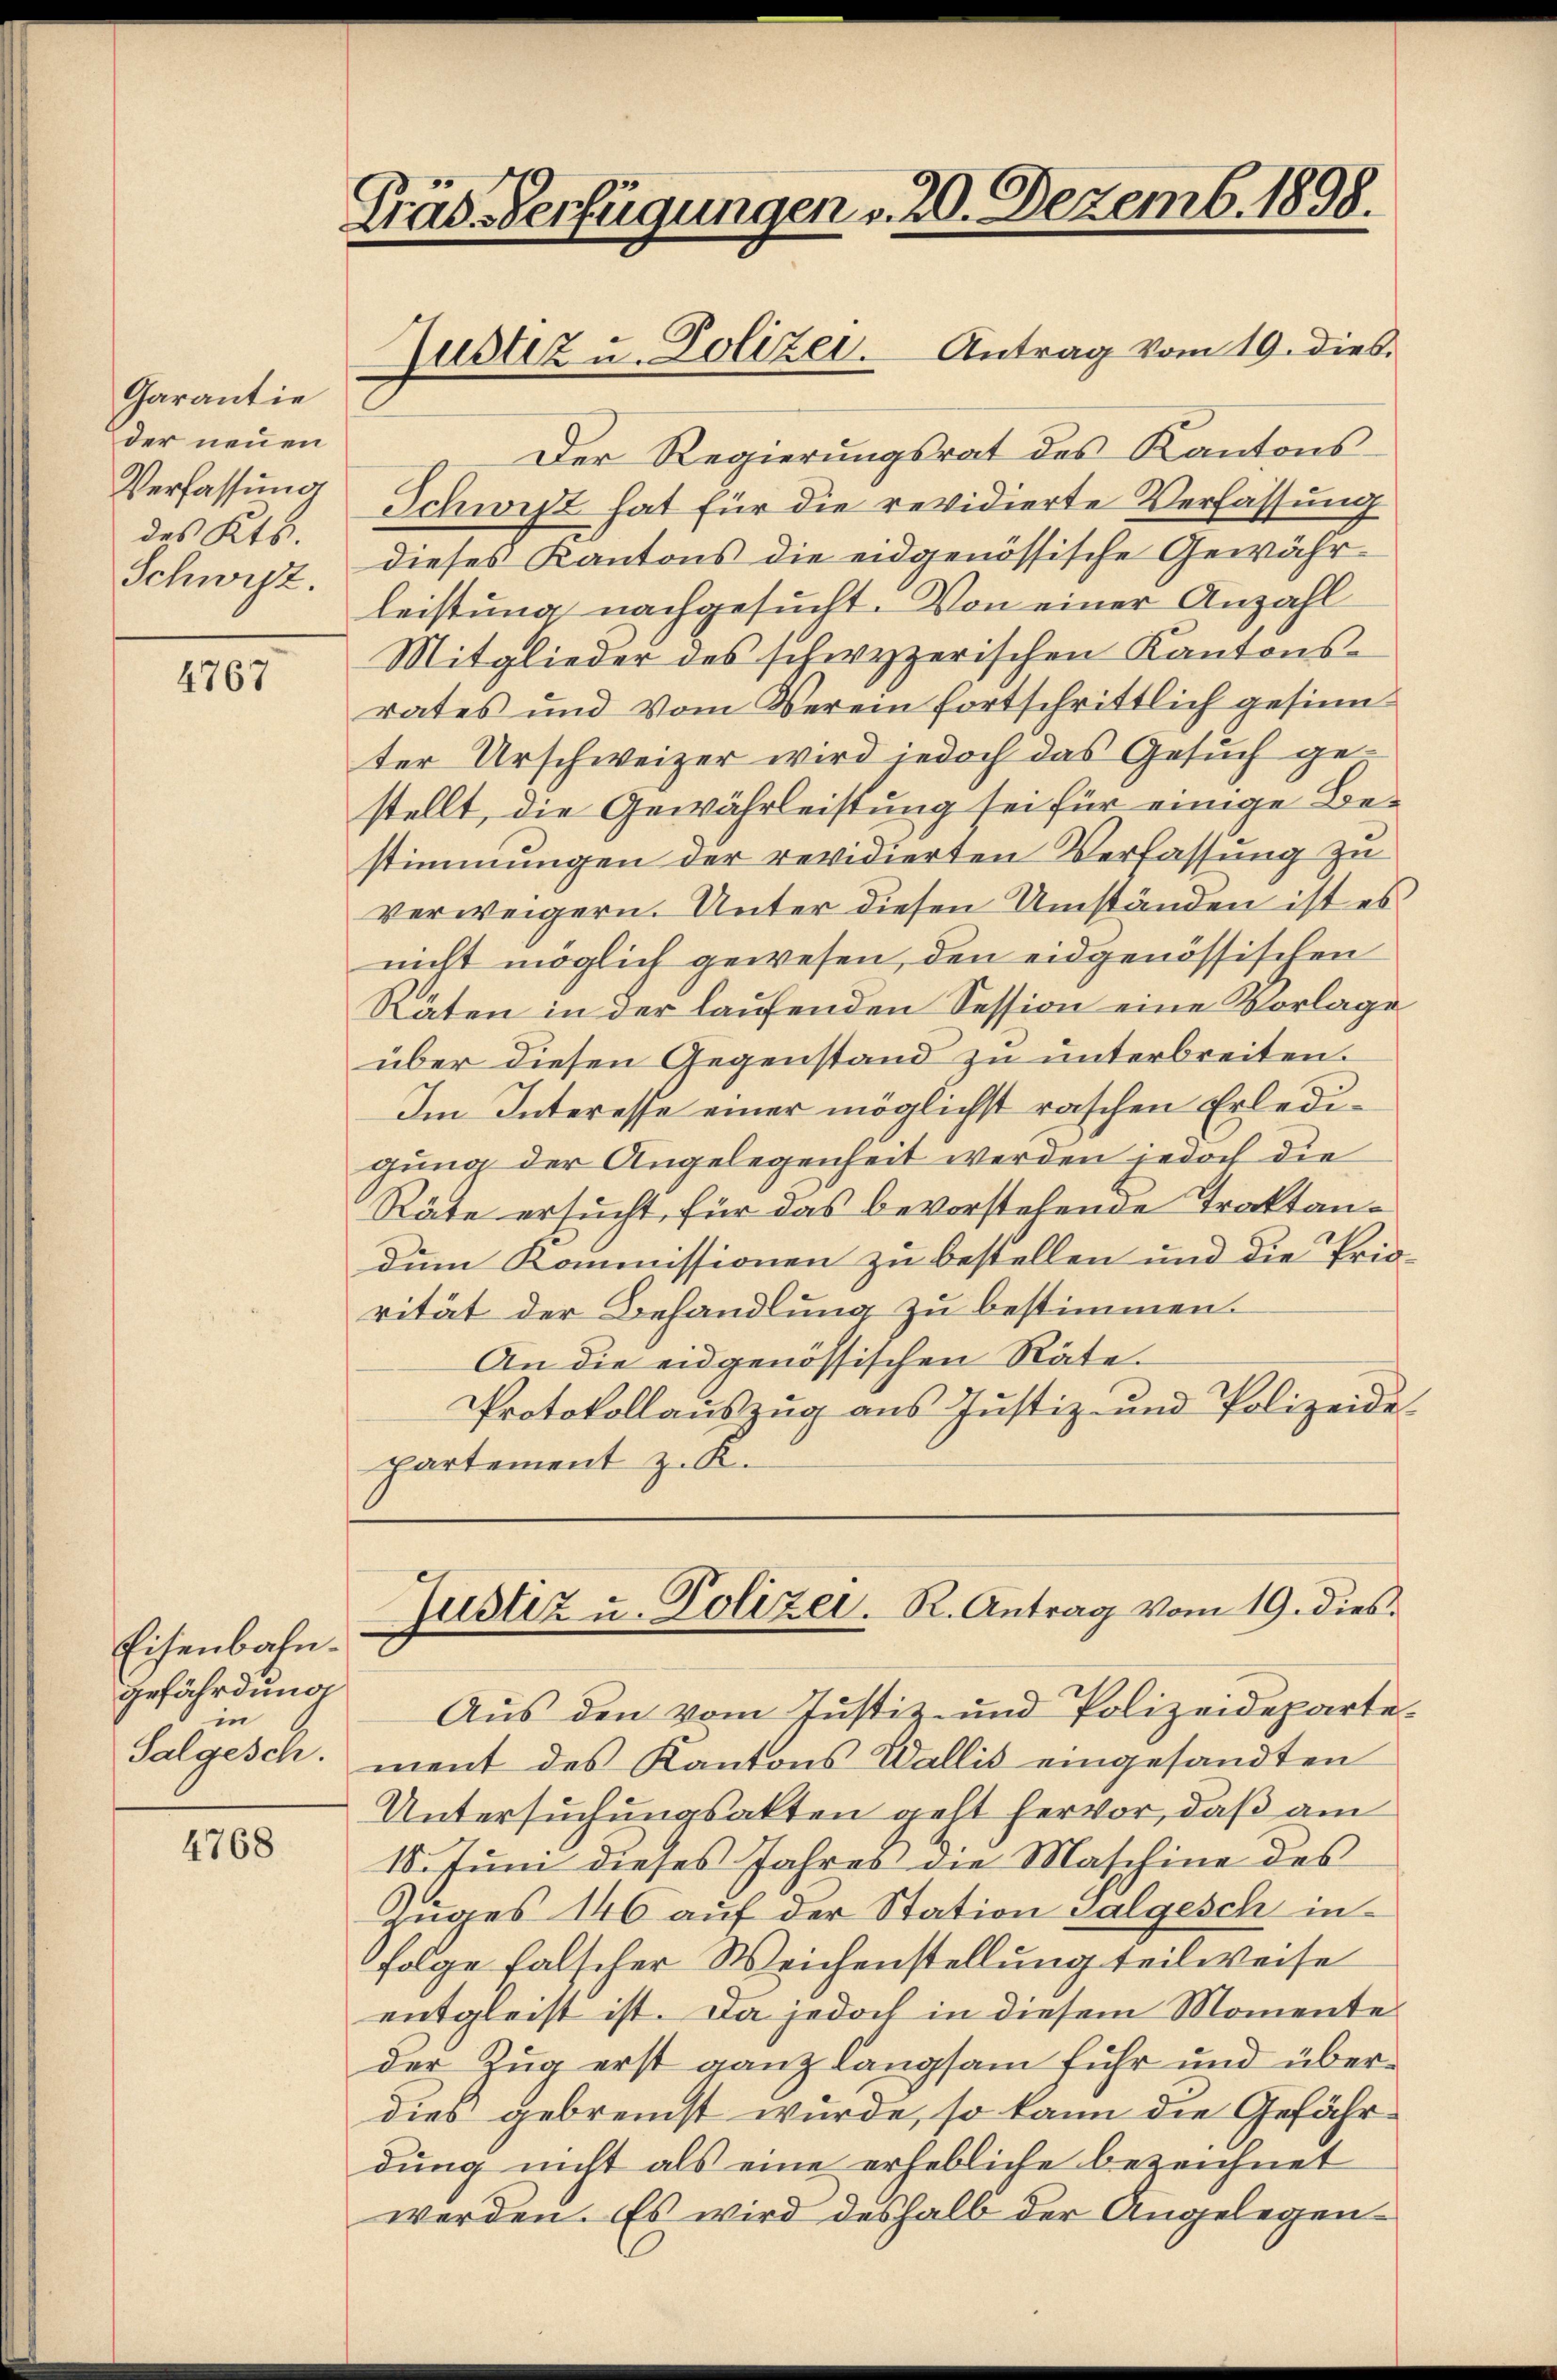
Garantie
der neuen
Verfassung
des Kts.
Schwyz.

4767

Eisenbahngefährdung
in
Salgesch.

4768

Fräs-Verfügungen v. 20. Dezemb. 1898.
Gustiz u. Polizei. Antrag vom 19. dies

Der Regierungsrat des Kantons-
Schwist hat für die revidierte Verfassung
dieses Kantons die eidgenössische Gewährleistung nachgesucht. Von einer Anzahl
Mitglieder des schwyzerischen Kantonsrates und vom Verein fortschrittlich gesinn
ter Urschweizer wird jedoch das Gesuch gestellt, die Gewährleistung sei für einige Bestimmungen der revidierten Verfassung zu
verweigern. Unter diesen Umständen ist es
nicht möglich gewesen, den eidgenössischen
Räten in der laufenden Session eine Vorlage
über diesen Gegenstand zu unterbreiten.
Im Interesse einer möglichst raschen Erledigung der Angelegenheit werden jedoch die
Räte ersucht, für das bevorstehende Traktandum Kommissionen zu bestellen und die Prio-
rität der Behandlung zu bestimmen.
An die eidgenössischen Räte.
Protokollauszug aus Justiz- und Polizeide-
partement z. K.
Justiz u. Polizei. R. Antrag vom 19. dies
Aus den vom Justiz- und Polizeideparte-
ment des Kantons Wallis eingesandten
Untersuchungsakten geht hervor, daß am
18. Juni dieses Jahres die Maschine des
Zuges 146 auf der Station Galgesch in
folge falscher Weichenstellung teilweise
entgleist ist. Da jedoch in diesem Momente
der Zug erst ganz langsam führ und überdies gebremst wurde, so kann die Gefährdung nicht als eine erhebliche bezeichnet
werden. Es wird deshalb der Angelegen